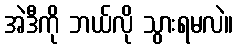
အဲဒီကို ဘယ်လို သွားရမလဲ။